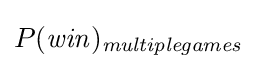
P({\mathit {win}})_{\mathit {multiplegames}}